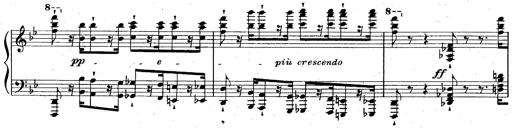
Title: La Marseillaise
Composer: Franz Liszt
Key: B-flat major